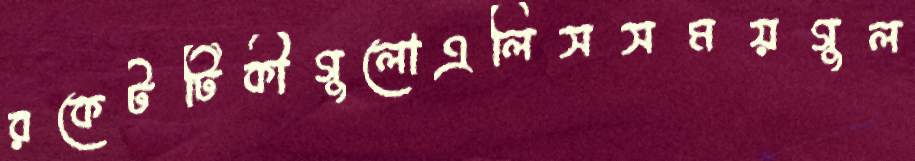
রকেটটিকীগুলোএলিসসময়গুল